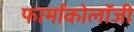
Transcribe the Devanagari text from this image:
फार्माकोलॉजी